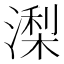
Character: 𣼖